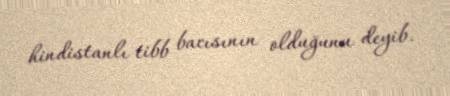
hindistanlı tibb bacısının olduğunu deyib.